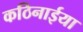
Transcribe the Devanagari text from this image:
कठिनाईया